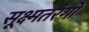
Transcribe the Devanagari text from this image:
सूक्ष्मतरंगों